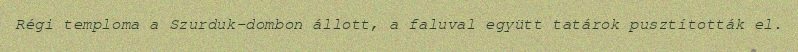
Régi temploma a Szurduk-dombon állott, a faluval együtt tatárok pusztították el.